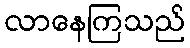
လာနေကြသည်